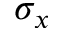
\sigma _ { x }